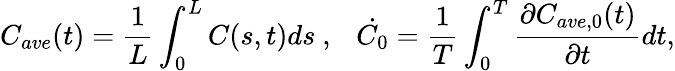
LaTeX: C_{ave}(t)=\frac{1}{L}\int_{0}^{L}C(s,t)ds~,~~~\dot{C_{0}}=\frac{1}{T}\int_{0}^{T}\frac{\partial C_{ave,0}(t)}{\partial t}dt,